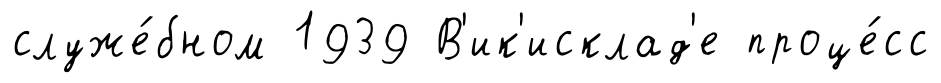
служе́бном 1939 В'ик'исклад'е проце́сс